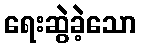
ရေးဆွဲခဲ့သော